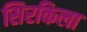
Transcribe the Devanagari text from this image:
सिरकिला